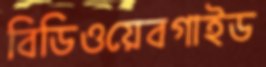
বিডিওয়েবগাইড